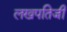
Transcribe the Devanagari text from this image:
लखपतिजी